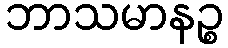
ဘာသမာနဉ္စ